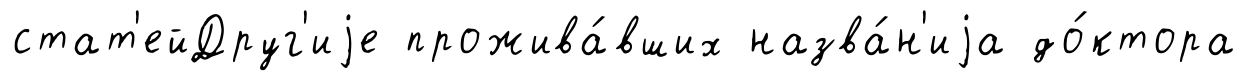
стат'ейДруг'иjе прожива́вших назва́н'иjа до́ктора